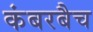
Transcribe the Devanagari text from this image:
कंबरबैच